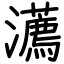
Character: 瀳